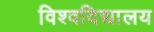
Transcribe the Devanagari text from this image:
विश्वदिद्यालय